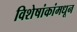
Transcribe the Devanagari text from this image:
विशेषांकांमधून